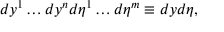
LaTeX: d y ^ { 1 } \dots d y ^ { n } d \eta ^ { 1 } \dots d \eta ^ { m } \equiv d y d \eta ,